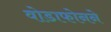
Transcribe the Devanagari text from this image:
वोडाफोनने